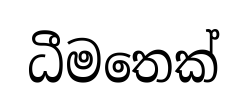
ධීමතෙක්